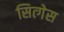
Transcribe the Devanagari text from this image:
सित्गेस